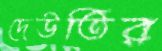
দেউতির